Civil Veterinary Department. Central Provinces & Berar 1932-41 - 1932-1941
Year: 1932
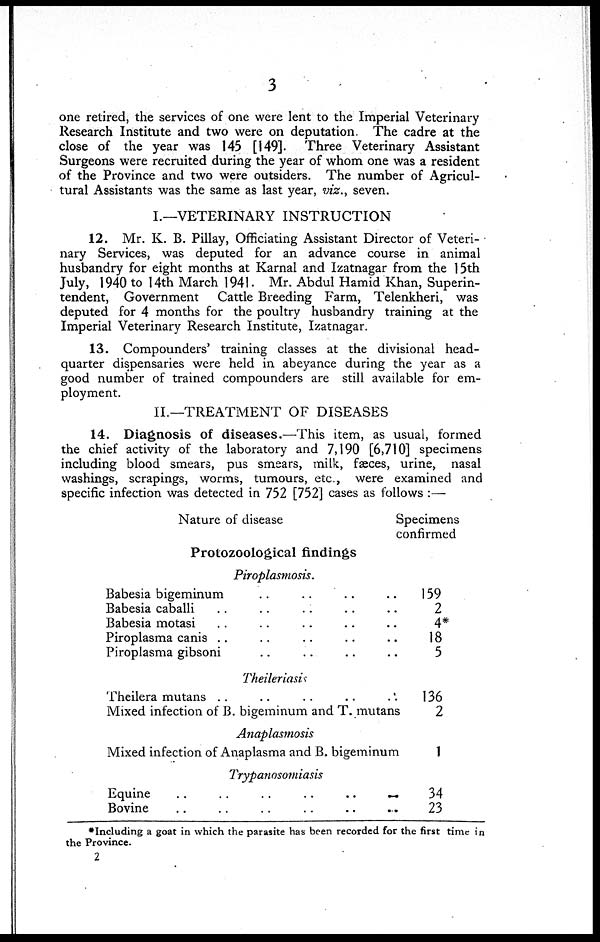
3
one retired, the services of one were lent to the Imperial Veterinary
Research Institute and two were on deputation. The cadre at the
close of the year was 145 [149]. Three Veterinary Assistant
Surgeons were recruited during the year of whom one was a resident
of the Province and two were outsiders. The number of Agricul-
tural Assistants was the same as last year, viz., seven.
I.—VETERINARY INSTRUCTION
12. Mr. K. B. Pillay, Officiating Assistant Director of Veteri-
nary Services, was deputed for an advance course in animal
husbandry for eight months at Karnal and Izatnagar from the 15th
July, 1940 to 14th March 1941. Mr. Abdul Hamid Khan, Superin-
tendent, Government
Cattle Breeding Farm, Telenkheri, was
deputed for 4 months for the poultry husbandry training at the
Imperial Veterinary Research Institute, Izatnagar.
13. Compounders' training classes at the divisional head-
quarter dispensaries were held in abeyance during the year as a
good number of trained compounders are still available for em-
ployment.
II.—TREATMENT OF DISEASES
14. Diagnosis of diseases.—This item, as usual, formed
the chief activity of the laboratory and 7,190 [6,710] specimens
including blood smears, pus smears, milk, faeces, urine, nasal
washings, scrapings, worms, tumours, etc., were examined and
specific infection was detected in 752 [752] cases as follows :—
Nature of disease
Protozoological findings
Piroplasmosis.
Babesia bigeminum .. .. .. ..
..
Babesia caballi .. .. .. .. ..
.. Babesia motasi .. .. .. ..
.. Piroplasma canis .. .. .. ..
.. Piroplasma gibsoni .. .. .. ..
..
Theileriasis
Theilera mutans .. .. .. ..
..
Mixed infection of B. bigeminum and T. mutans
Anaplasmosis
Mixed infection of Anaplasma and B. bigeminum
Trypanosomiasis
..
Equine .. .. .. .. ..
..
Bovine .. .. .. .. ..
...
Specimens
confirmed
159
2
4*
18
5
136
2
1
34
23
* Including a goat in which the parasite has been recorded for the first time in
the Province.
2